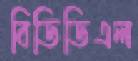
বিডিডিএল